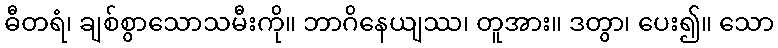
ဓီတရံ၊ ချစ်စွာသောသမီးကို။ ဘာဂိနေယျဿ၊ တူအား။ ဒတွာ၊ ပေး၍။ သော